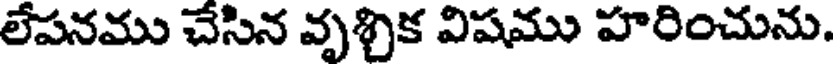
లేపనము చేసిన వృశ్చిక విషము హరించును.